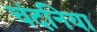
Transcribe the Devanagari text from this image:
चंदनिया